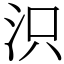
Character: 𣲵